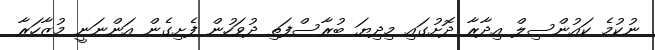
ނުކުމެ ކައުންސިލް އިދާރާ ދޮށުގައި މިދިޔަ ބުރާސްފަތި ދުވަހުން ފެށިގެން އަންނަނީ މުޒާހަރާ